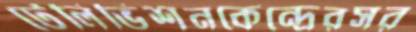
টেলিভিশনকেন্দ্রেরসর